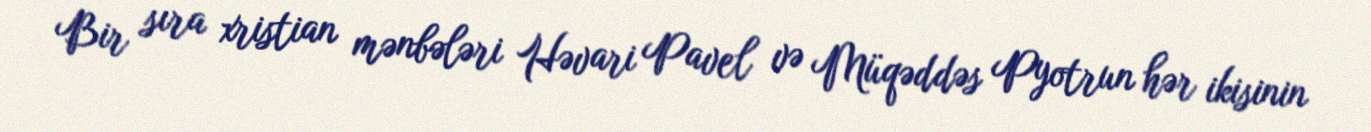
Bir sıra xristian mənbələri Həvari Pavel və Müqəddəs Pyotrun hər ikisinin